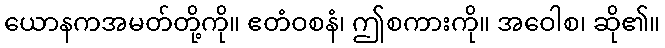
ယောနကအမတ်တို့ကို။ ဧတံဝစနံ၊ ဤစကားကို။ အဝေါစ၊ ဆို၏။